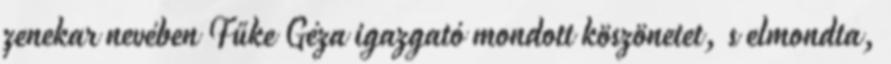
zenekar nevében Fűke Géza igazgató mondott köszönetet, s elmondta,